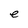
Character: e